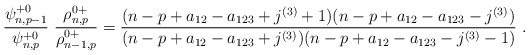
\begin{align*}\frac{ \psi^{+0}_{n,p-1}}{\psi^{+0}_{n,p}} \ \frac{\rho^{0+}_{n,p}}{\rho^{0+}_{n-1,p}}=\frac{(n-p+a_{12}-a_{123}+j^{(3)}+1)(n-p+a_{12}-a_{123}-j^{(3)})}{(n-p+a_{12}-a_{123}+j^{(3)})(n-p+a_{12}-a_{123}-j^{(3)}-1)}\ .\end{align*}